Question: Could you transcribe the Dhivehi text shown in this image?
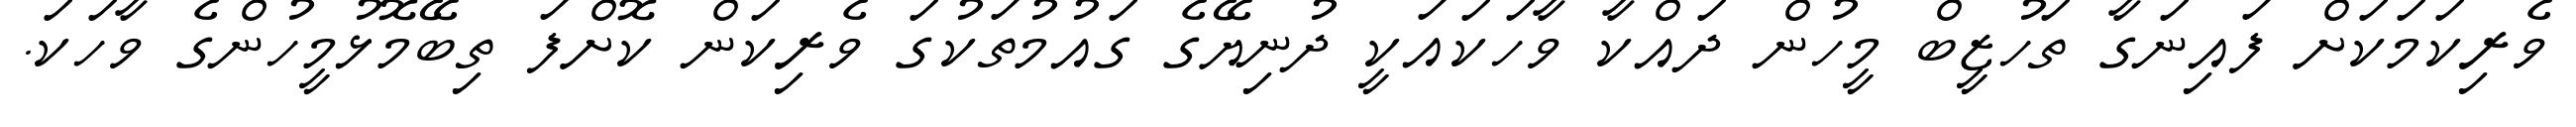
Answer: ވެރިކަމަކަށް ފައިނަގާ ތަހުޒީބް މީހުން ދައްކާ ވާހަކައަކީ ދުނިޔޭގެ ގައުމުތަކުގަ ވެރިކަން ކޮށްފަ ތިބޭމޮޅުމީހުންގެ ވާހަކަ.